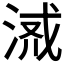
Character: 𣶔